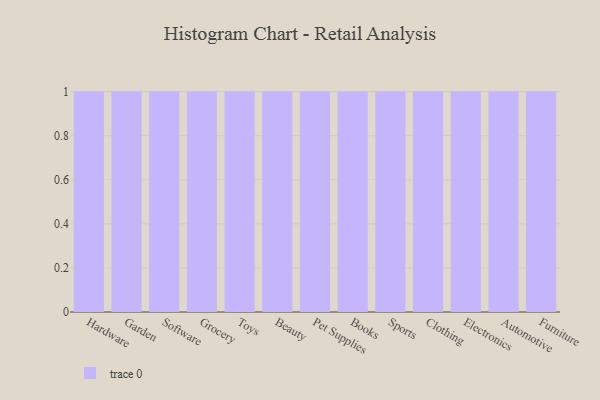
{"axis": {"x": "Category", "y": "Demand Index"}, "legend": [""], "data": [{"x": "Hardware", "y": 21, "type": ""}, {"x": "Garden", "y": 2, "type": ""}, {"x": "Software", "y": 28, "type": ""}, {"x": "Grocery", "y": 36, "type": ""}, {"x": "Toys", "y": 22, "type": ""}, {"x": "Beauty", "y": 38, "type": ""}, {"x": "Pet Supplies", "y": 59, "type": ""}, {"x": "Books", "y": 6, "type": ""}, {"x": "Sports", "y": 67, "type": ""}, {"x": "Clothing", "y": 92, "type": ""}, {"x": "Electronics", "y": 65, "type": ""}, {"x": "Automotive", "y": 14, "type": ""}, {"x": "Furniture", "y": 26, "type": ""}]}